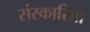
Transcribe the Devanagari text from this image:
संस्कारिता